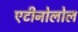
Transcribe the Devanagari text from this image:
एटीनोलोल